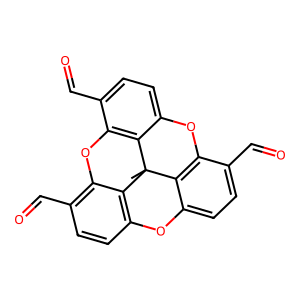
SMILES: CC12c3c4ccc(C=O)c3Oc3ccc(C=O)c(c31)Oc1c(C=O)ccc(c12)O4
Inhibits HIV replication: No